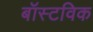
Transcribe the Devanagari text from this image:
बॉस्टविक